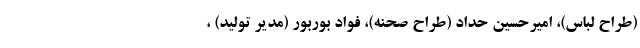
(طراح لباس)، امیرحسین حداد (طراح صحنه)، فواد بوربور (مدیر تولید) ،